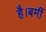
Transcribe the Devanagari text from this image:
है।बर्मी